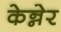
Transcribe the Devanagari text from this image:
केन्नेर